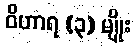
ဝိဟာရ (၃) မျိုး